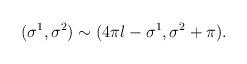
LaTeX: \begin{align*}(\sigma^1, \sigma^2) \sim ( 4\pi l - \sigma^1, \sigma^2 + \pi).\end{align*}